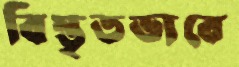
বিস্তৃতভাবে